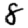
Digit: 8